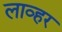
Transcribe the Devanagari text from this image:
लाव्हर